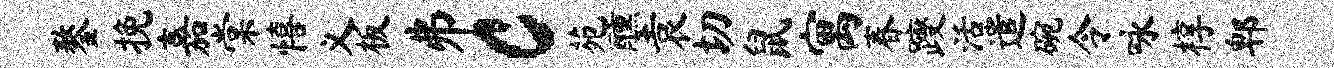
鏊挽嘉棠僖义板井c苑醺袁切鼠寓春躞活遣碗令咏椁郫